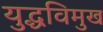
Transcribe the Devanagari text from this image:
युद्धविमुख